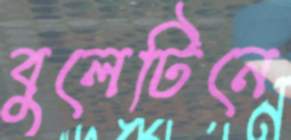
বুলেটিনে